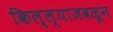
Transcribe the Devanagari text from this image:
किल्ल्याजवळून